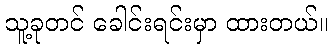
သူ့ခုတင် ခေါင်းရင်းမှာ ထားတယ်။